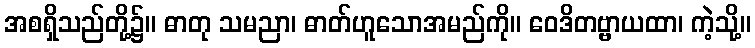
အစရှိသည်တို့၌။ ဓာတု သမညာ၊ ဓာတ်ဟူသောအမည်ကို။ ဝေဒိတဗ္ဗာယထာ၊ ကဲ့သို့။